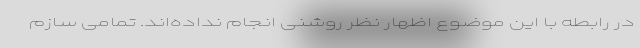
در رابطه با این موضوع اظهار نظر روشنی انجام نداده‌اند. تمامی سازم